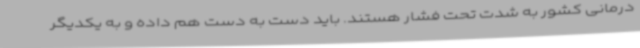
درمانی کشور به شدت تحت فشار هستند. باید دست به دست هم داده و به یکدیگر